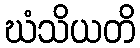
ဃံသိယတိ